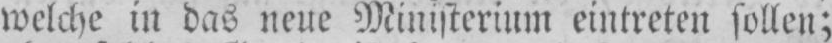
welche in das neue Ministerium eintreten sollen;